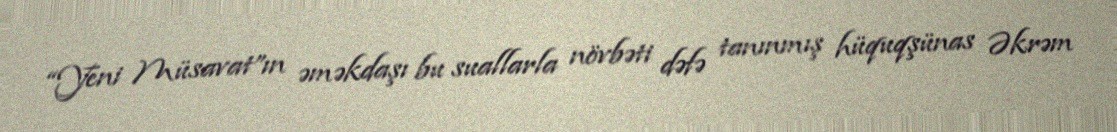
“Yeni Müsavat”ın əməkdaşı bu suallarla növbəti dəfə tanınmış hüquqşünas Əkrəm